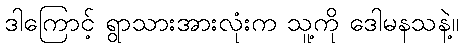
ဒါကြောင့် ရွာသားအားလုံးက သူ့ကို ဒေါမနသနဲ့။